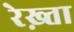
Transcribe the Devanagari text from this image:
रेख़्ता